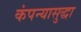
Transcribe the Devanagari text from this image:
कंपन्यासुद्धा